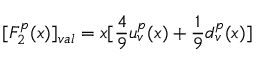
[ F _ { 2 } ^ { p } ( x ) ] _ { v a l } = x [ { \frac { 4 } { 9 } } u _ { v } ^ { p } ( x ) + { \frac { 1 } { 9 } } d _ { v } ^ { p } ( x ) ]